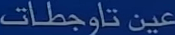
عين تازوجطات